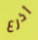
أذرع